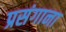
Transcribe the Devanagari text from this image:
प्रसंगाना